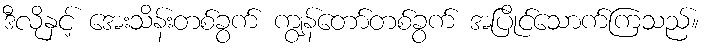
ဒီလိုနှင့် အေးသိန်းတစ်ခွက် ကျွန်တော်တစ်ခွက် အပြိုင်သောက်ကြသည်။